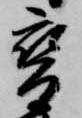
変